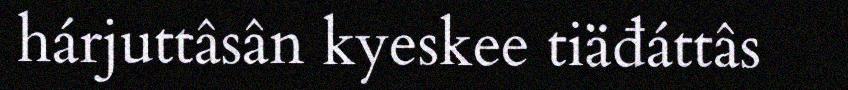
hárjuttâsân kyeskee tiäđáttâs